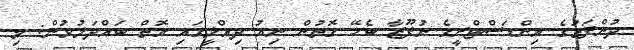
ދުންފަތުގެ އިންޑަސްޓްރީގެ ނުފޫޒާ ބެހޭ ގޮތުން ނިއު ދިއްލީގައި އޮތް ބައްދަލުވުން: މި